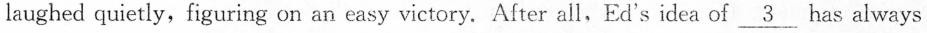
laughed quietly, figuring on an easy victory. After all,Ed's idea of \underline{3} has always